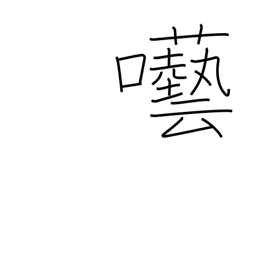
Meaning: foolish talk